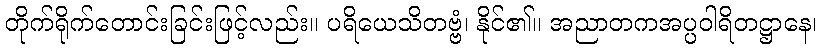
တိုက်ရိုက်တောင်းခြင်းဖြင့်လည်း။ ပရိယေသိတဗ္ဗံ၊ နိုင်၏။ အညာတကအပ္ပဝါရိတဋ္ဌာနေ၊